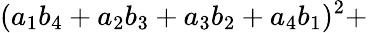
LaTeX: (a_{1}b_{4}+a_{2}b_{3}+a_{3}b_{2}+a_{4}b_{1})^{2}+